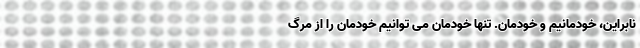
نابراین، خودمانیم و خودمان. تنها خودمان می توانیم خودمان را از مرگ